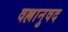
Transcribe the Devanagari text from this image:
वल्लानुवद